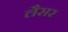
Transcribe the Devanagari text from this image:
लैसर